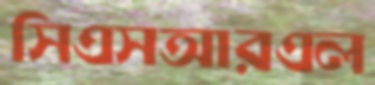
সিএসআরএল